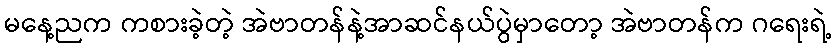
မနေ့ညက ကစားခဲ့တဲ့ အဲဗာတန်နဲ့အာဆင်နယ်ပွဲမှာတော့ အဲဗာတန်က ဂရေးရဲ့